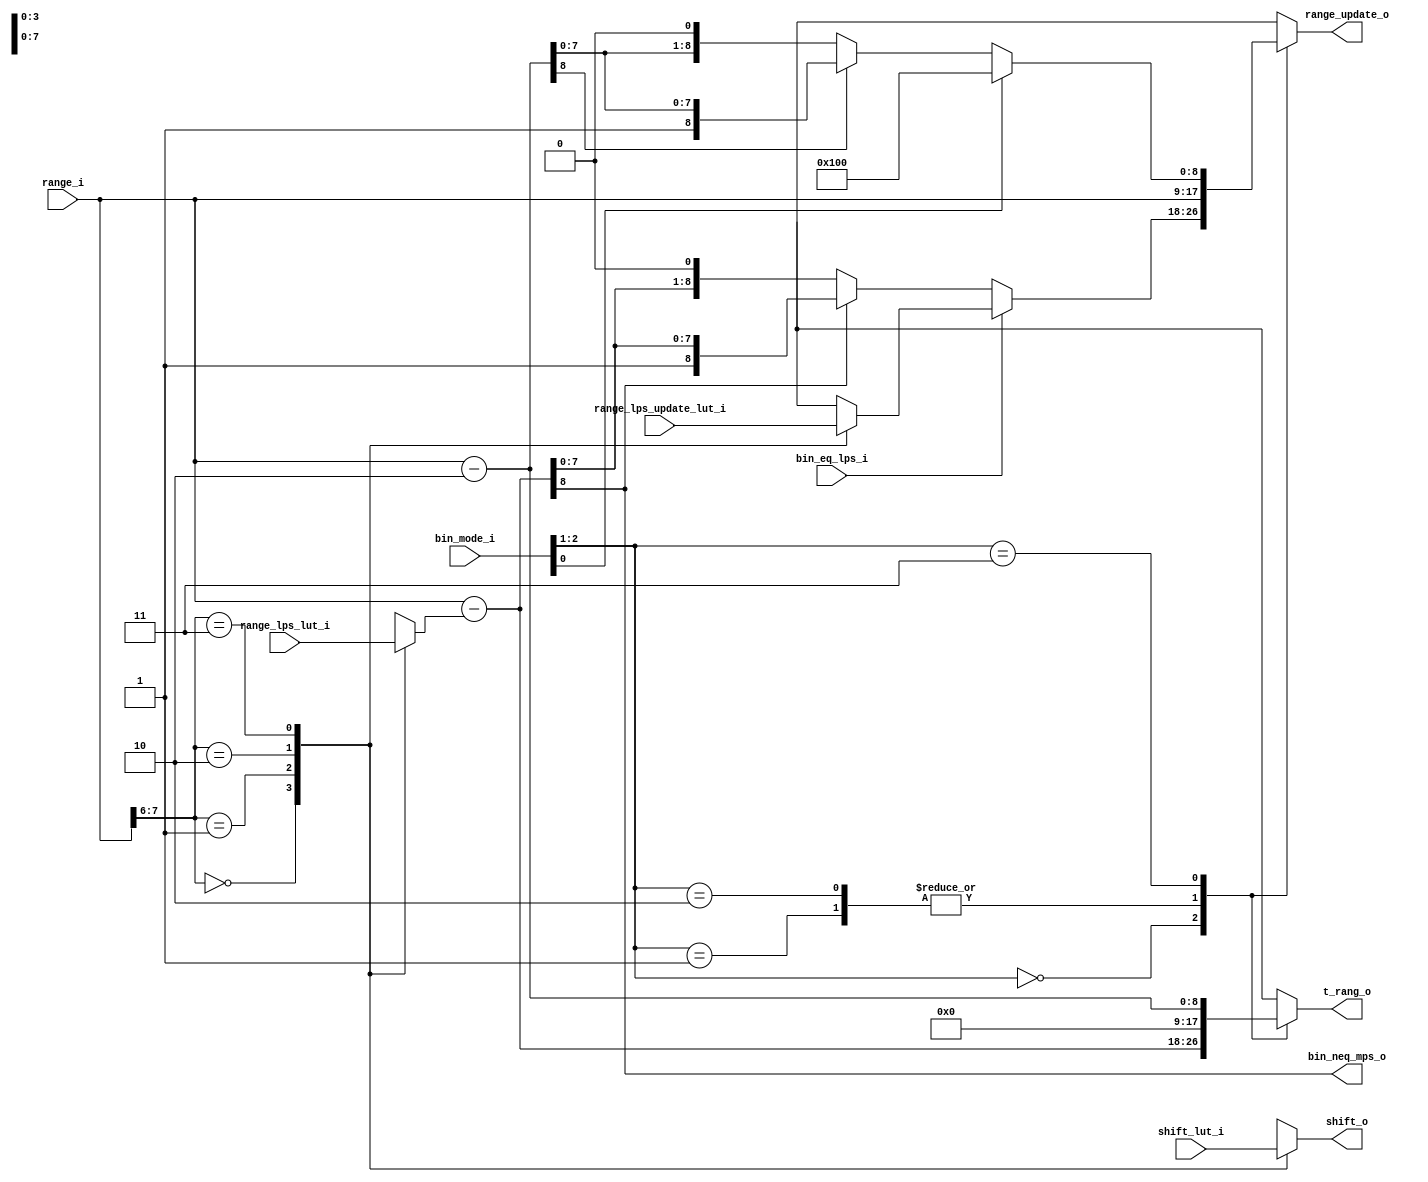
module cabac_bae_stage2(
                        range_lps_lut_i         ,
                        shift_lut_i             ,
                        range_i                 ,
						bin_eq_lps_i            ,
                        bin_mode_i              ,
			            range_lps_update_lut_i  , 
						
						range_update_o          ,
                        t_rang_o                ,
						bin_neq_mps_o           ,
						shift_o           
                        );
//-------------------------------------------------------------------------------------------
//
//-------------------------------------------------------------------------------------------

input       [31:0]       range_lps_lut_i                    ;  
input       [15:0]       shift_lut_i                        ;   
input       [ 8:0]       range_i                            ;
input                    bin_eq_lps_i                       ; // regular bin == lps 
input       [2:0]        bin_mode_i                         ; // [2:1] 0:input unvalid, 1: regular mode,2:bypass mode ,3:terminal mode 
                                                              //  [0]  :bin 
input       [35:0]       range_lps_update_lut_i             ;

output      [ 8:0]       range_update_o                     ;    
output      [ 8:0]       t_rang_o                           ;      
output                   bin_neq_mps_o                      ;   
output      [ 3:0]       shift_o                            ;

reg         [ 8:0]       range_update_o                     ; 
reg         [ 8:0]       t_rang_o                           ; 

//-------------------------------------------------------------------------------------------
//             first: calculation range_lps_r and shift_r and range_lps_update_r
//-------------------------------------------------------------------------------------------
wire        [1:0]        range_lut_index_w                  ;
reg         [7:0]        range_lps_r                        ;
reg         [3:0]        shift_r                            ;
reg         [8:0]        range_lps_update_r                 ;
 
assign      range_lut_index_w  =  range_i[7:6]              ; // i_range_lps >> 3

always @* begin
	case(range_lut_index_w)
	    2'd0: range_lps_r  =  range_lps_lut_i[31:24] ;
		2'd1: range_lps_r  =  range_lps_lut_i[23:16] ;
		2'd2: range_lps_r  =  range_lps_lut_i[15:8 ] ;
		2'd3: range_lps_r  =  range_lps_lut_i[7 :0 ] ; 
	endcase
end

always @* begin
	case(range_lut_index_w)
	    2'd0: shift_r  = shift_lut_i[15:12 ] ;
		2'd1: shift_r  = shift_lut_i[ 11:8 ] ;
		2'd2: shift_r  = shift_lut_i[  7:4 ] ;
		2'd3: shift_r  = shift_lut_i[  3:0 ] ;
	endcase
end

always @* begin
	case(range_lut_index_w)
	    2'd0: range_lps_update_r  = range_lps_update_lut_i[35:27] ;
		2'd1: range_lps_update_r  = range_lps_update_lut_i[26:18] ;
		2'd2: range_lps_update_r  = range_lps_update_lut_i[17:9 ] ;
		2'd3: range_lps_update_r  = range_lps_update_lut_i[8 :0 ] ; 
	endcase
end


//-------------------------------------------------------------------------------------------
//                        second: calculation t_rang_o 
//-------------------------------------------------------------------------------------------
wire        [8:0]        t_rang_w                            ;

assign      t_rang_w  =   range_i -  range_lps_r             ; // cb->i_range-i_range_lps

//-------------------------------------------------------------------------------------------
//           third: regular mode calculation range_mps_w  and range_regular_w
//-------------------------------------------------------------------------------------------

wire        [8:0]        range_mps_w                          ;     
reg         [8:0]        range_regular_r                      ;

assign      range_mps_w  = t_rang_w[8] ? t_rang_w: t_rang_w<<1;

always @* begin
    if(bin_eq_lps_i)
        range_regular_r    =  range_lps_update_r     ;
    else 
        range_regular_r    =  range_mps_w            ; 
end

//-------------------------------------------------------------------------------------------
//           third: terminal  mode calculation range_terminal_r  
//-------------------------------------------------------------------------------------------
reg         [8:0]        range_terminal_r                     ;

wire        [8:0]   range_minus_2_w    =  range_i - 2'd2      ;
wire                bin_to_be_coded_w  =  bin_mode_i[0]       ;

always @* begin 
	if(bin_to_be_coded_w)
        range_terminal_r  =  9'd256             ;
	else if(range_minus_2_w[8])
        range_terminal_r  =  range_minus_2_w    ;
	else
	    range_terminal_r  =  range_minus_2_w<<1 ;
end  


//-------------------------------------------------------------------------------------------
//                       output
//-------------------------------------------------------------------------------------------
   
always @* begin
    case(bin_mode_i[2:1])
	    2'b01:  range_update_o   =  range_i          ;  // 1 : input unvalid 
		2'b00:  range_update_o   =  range_regular_r  ;  // 0 : regular  mode 
	    2'b10:  range_update_o   =  range_i          ;  // 2 : bypass   mode 
	    2'b11:	range_update_o   =  range_terminal_r ;  // 3 : terminal mode 
	endcase
end

always @* begin
    case(bin_mode_i[2:1])
	    2'b01:  t_rang_o   =  9'd0                   ;  // 1 : input unvalid 
		2'b00:  t_rang_o   =  t_rang_w               ;  // 0 : regular  mode 
	    2'b10:  t_rang_o   =  9'd0                   ;  // 2 : bypass   mode 
	    2'b11:	t_rang_o   =  range_minus_2_w        ;  // 3 : terminal mode 
	endcase
end

assign     bin_neq_mps_o  =  t_rang_w[8]         ;  // cb->i_range >= 256
assign     shift_o        =  shift_r             ;   


endmodule